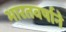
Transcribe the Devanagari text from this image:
भारतवर्षाने